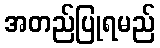
အတည်ပြုရမည်